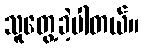
သူတွေ့ခဲ့ပါတယ်။